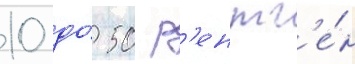
10 до́ 50 р'ентг'е́н